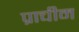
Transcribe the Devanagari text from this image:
प्राचीम